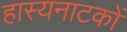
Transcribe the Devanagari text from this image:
हास्यनाटकों